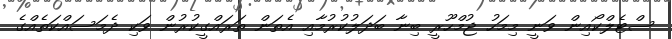
ސްޓެލްކޯއިން ވަނީ މިމަހު ޖުމްހޫރީ ބިނާ ބަދަލުކުރުމާއި އެތަން ތަރައްގީކުރުން ވަކި ދެމަސައްކަތެއްގެ